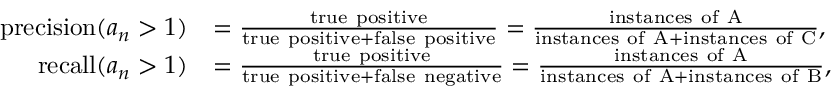
\begin{array} { r l } { \mathrm { p r e c i s i o n } ( a _ { n } > 1 ) } & { = \frac { \mathrm { t r u e ~ p o s i t i v e } } { \mathrm { t r u e ~ p o s i t i v e } + \mathrm { f a l s e ~ p o s i t i v e } } = \frac { \mathrm { i n s t a n c e s ~ o f ~ A } } { \mathrm { i n s t a n c e s ~ o f ~ A } + \mathrm { i n s t a n c e s ~ o f ~ C } } , } \\ { \mathrm { r e c a l l } ( a _ { n } > 1 ) } & { = \frac { \mathrm { t r u e ~ p o s i t i v e } } { \mathrm { t r u e ~ p o s i t i v e } + \mathrm { f a l s e ~ n e g a t i v e } } = \frac { \mathrm { i n s t a n c e s ~ o f ~ A } } { \mathrm { i n s t a n c e s ~ o f ~ A } + \mathrm { i n s t a n c e s ~ o f ~ B } } , } \end{array}